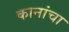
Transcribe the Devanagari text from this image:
कानांचा